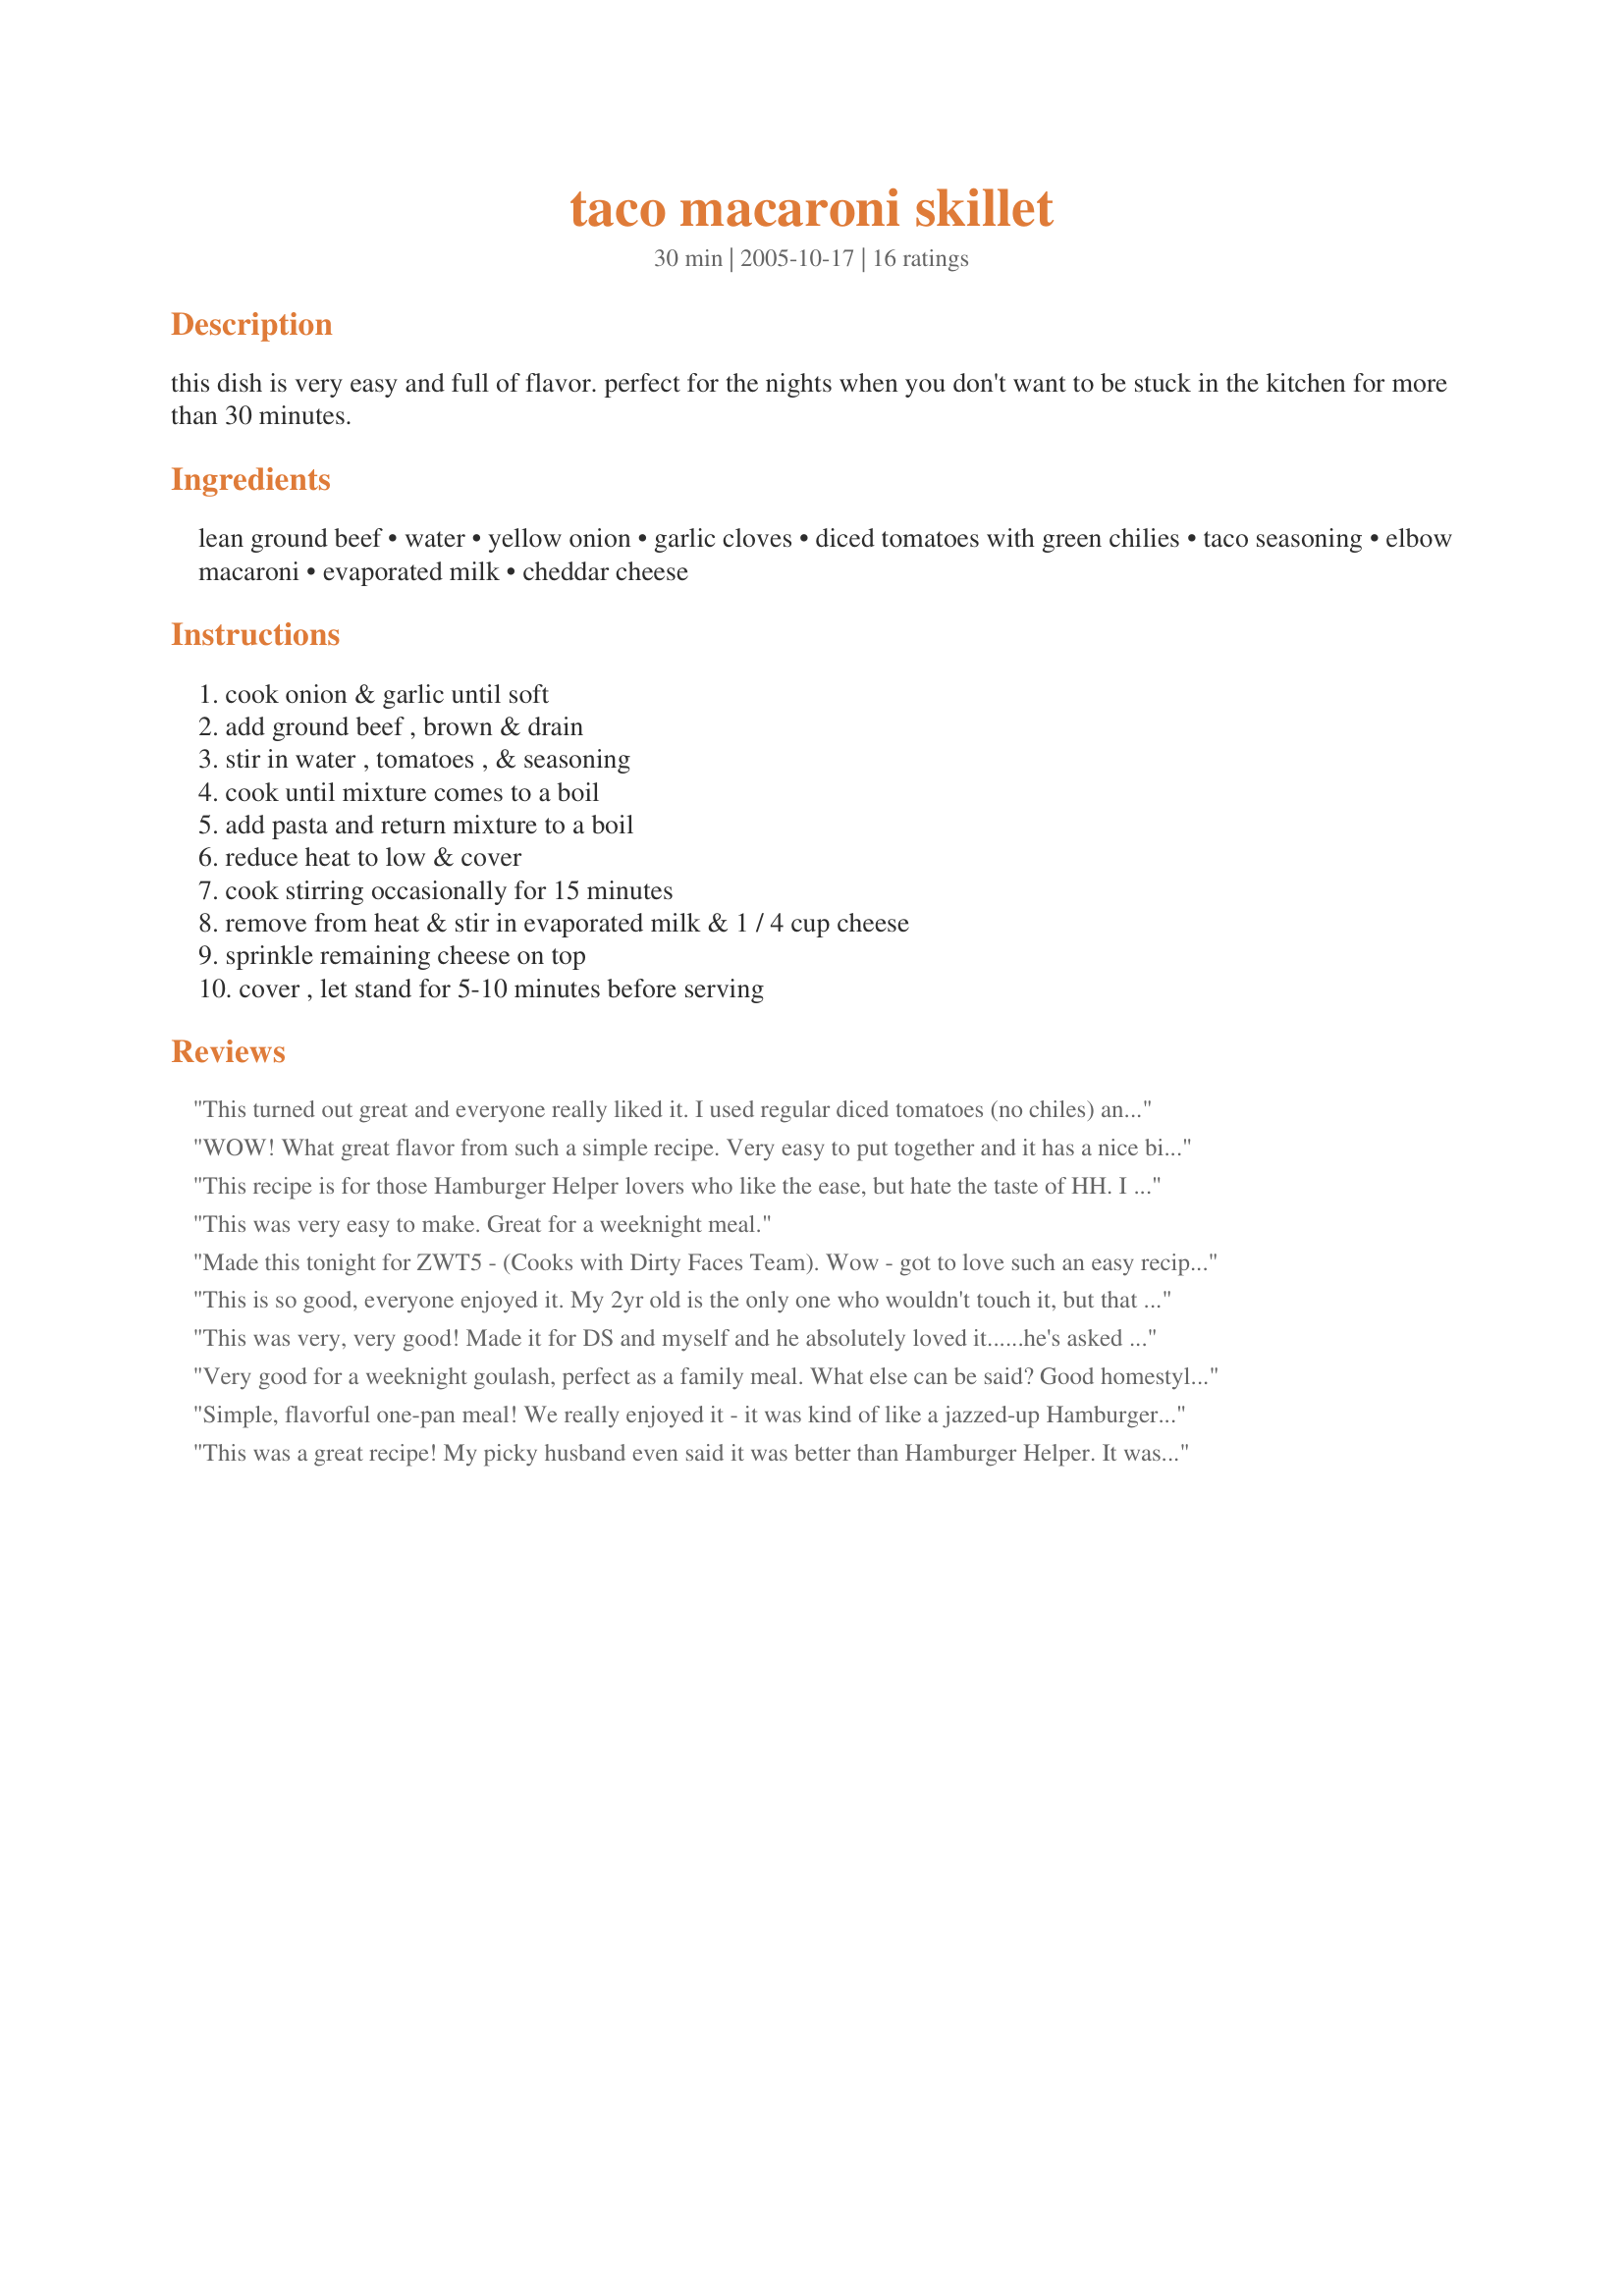
taco macaroni skillet
Preparation time: 30 minutes

this dish is very easy and full of flavor. perfect for the nights when you don't want to be stuck in the kitchen for more than 30 minutes.

Ingredients:
lean ground beef, water, yellow onion, garlic cloves, diced tomatoes with green chilies, taco seasoning, elbow macaroni, evaporated milk, cheddar cheese

Steps:
cook onion & garlic until soft, add ground beef , brown & drain, stir in water , tomatoes , & seasoning, cook until mixture comes to a boil, add pasta and return mixture to a boil, reduce heat to low & cover, cook stirring occasionally for 15 minutes, remove from heat & stir in evaporated milk & 1 / 4 cup cheese, sprinkle remaining cheese on top, cover , let stand for 5-10 minutes before serving

Reviews:
This turned out great and everyone really liked it. I used regular diced tomatoes (no chiles) and recipe #244839 in place of the taco seasoning. I would say that it makes 8 large servings, not 4. A great dish that we will definitely be making again. Thx so much Mama Jennie!
WOW! What great flavor from such a simple recipe. Very easy to put together and it has a nice bit of spice. My family only left a spoonful and this made a heaping pan full. Thanks for the keeper.
This recipe is for those Hamburger Helper lovers who like the ease, but hate the taste of HH. I absolutely loved this. My hungry hubby ate over half of the pan full. In order to try and please my picky grandson, I substituted plain canned diced tomates for the Rotel. Unfortunately, he still decided he didn't like it, but that won't stop me from making this simple recipe again. Thanks for the recipe, Mama.
This was very easy to make. Great for a weeknight meal.
Made this tonight for ZWT5 - (Cooks with Dirty Faces Team). Wow - got to love such an easy recipe!! Family loved it, and it really does make a big pan full. I almost forgot about the evaporated milk - it certainly adds a nice touch, but if you didn't happen to have any on hand, I think it would still be great. I made a vegan version at the same time, just used crumbled firm tofu, vegan cheese and left out the milk. Great!
This is so good, everyone enjoyed it. My 2yr old is the only one who wouldn't touch it, but that doesn't mean anything he is the worst eater ever. I paired this with home-canned pinto's and cheese. I can't wait to have the leftovers for lunch today. Thanks Jennie for a real keeper!
This was very, very good! Made it for DS and myself and he absolutely loved it......he's asked for me to put the recipe in the repeat pile. It was so easy to whip together, everything in one skillet. Gotta love that too! Thanks Mama!!
Very good for a weeknight goulash, perfect as a family meal. What else can be said? Good homestyle cooking. Made by a Saucy Senorita for ZWT5.
Simple, flavorful one-pan meal! We really enjoyed it - it was kind of like a jazzed-up Hamburger Helper. I liked that it cooked like Hamburger Helper (add in the macaroni, cover, simmer and viola! lunch is served!). I sauted the onions and garlic in a bit of extra virgin olive oil, but other than that, I followed the directions exactly. I used recipe #256141 #256141 for my taco seasoning (it was really good - I did add some salt to the seasoning as I used a salt-free chili powder). Also, I used Gluten-Free Quinoa elbow macaroni (dietary restrictions). The evaporated milk & cheese (I used medium cheddar) made a creamy sauce, and the rotel's added just the right amount of spice! Made for the Groovy GastroGnomes, ZWT5.
This was a great recipe! My picky husband even said it was better than Hamburger Helper. It was a simple recipe and it made great left overs. Thanks for a great recipe!
Good, quick recipe. Had to add some diced tomatoes as only had 10 oz. Rotel. Found it a tad spicy, Could have been the brand of taco seasoning I used? NOTE: This makes a LOT. We are pretty big eaters. I would still say this makes 8 VERY generous-sized servings. A good thing for larger families but there are just 2 of us. I try to make recipes with 4-6 servings so we can eat that night and there are 2 leftover containers for work breaks. I have 5 leftover containers of this and they are packed FULL. Thanks for the recipe.
Great Easy recipe. I made this for dinner on a night I was in a hurry to throw something together. It came out great, the only change I made was to add 2 handfulls of frozen white corn to the pot while it was cooking. Served with a tossed salad & mexican cornbread & it was an easy & great weeknight meal. Will be making again. Thanks for posting.
Great recipe! My whole family ate it which almost never happens. I used 1 lb of bulk hot sausage instead of the ground beef. I will definitely make this again soon!
I really liked this and it was so fast to make! I halved the recipe and it made 4 servings, so I would think that the full recipe feeds more like 7-8 (which makes the nutrition info a little better). I made as is using "Recipe #2642" for the taco seasoning and added a little beef bouillon with the water as well as using fat free evaporated milk. I will make this again since it makes such a quick meal! Thanks so much for posting!
YUM!! Easy, quick and yummy! 6 YO loved it, as did DH and I. I added a bit of cilantro for a more grown up flavor.
This is excellent 30 minute receipe. Next will use beef stock instead of water for more flavor, personal taste, I topped my bowl with hot sauce. Thanks for posting Jennie.
